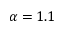
\alpha = 1 . 1